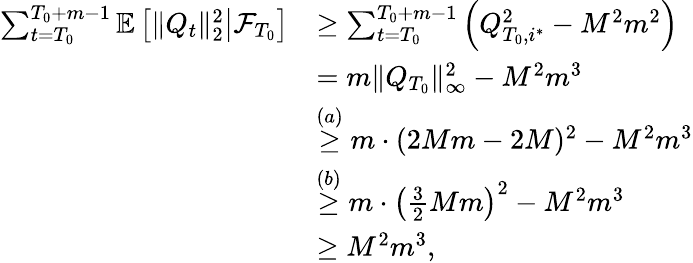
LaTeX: \begin{array}{rl}{\sum_{t=T_{0}}^{T_{0}+m-1}\mathbb E\left[\left.\lVert Q_{t}\rVert_{2}^{2}\right\rvert\mathcal F_{T_{0}}\right]}&{\ge\sum_{t=T_{0}}^{T_{0}+m-1}\left(Q_{T_{0},i^{*}}^{2}-M^{2}m^{2}\right)}\\ &{=m\lVert Q_{T_{0}}\rVert_{\infty}^{2}-M^{2}m^{3}}\\ &{\stackrel{(a)}\ge m\cdot(2Mm-2M)^{2}-M^{2}m^{3}}\\ &{\stackrel{(b)}\ge m\cdot\left(\frac 32Mm\right)^{2}-M^{2}m^{3}}\\ &{\ge M^{2}m^{3},}\end{array}